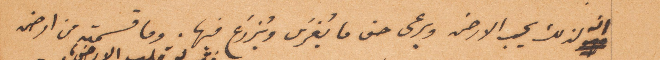
انه لذلك يحب الأرض ويرعى حق ما يُغرس ويُزرع فيها. وما قسمته من ارض